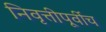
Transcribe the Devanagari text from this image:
निवृत्तीपूर्वीच